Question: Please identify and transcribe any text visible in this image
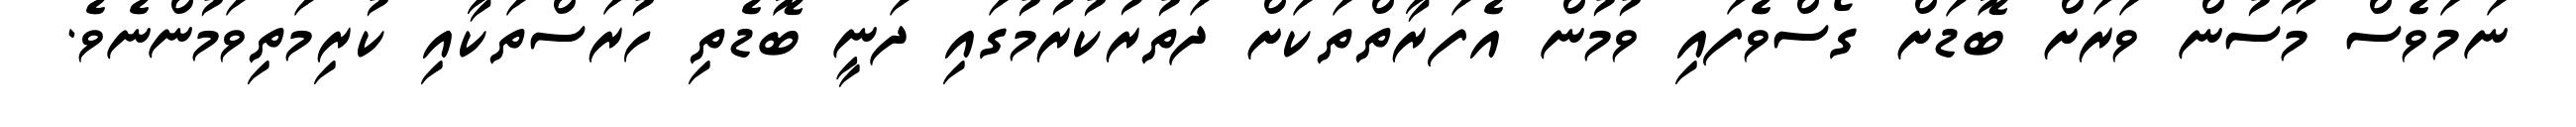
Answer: ނަމަވެސް މޫސުން ވަރަށް ބޮޑަށް ގޯސްވެފައި ވުމުން އެފަރާތްތަކަށް ދަތުރުކުރުމުގައި ދަނީ ބޮޑެތި ހުރަސްތަކާއި ކުރިމަތިވަމުންނެވެ.